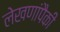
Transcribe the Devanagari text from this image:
लेखणांपैकी